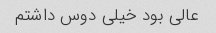
عالی بود خیلی دوس داشتم